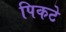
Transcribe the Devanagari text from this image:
पिकटे